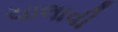
ચાલાવી